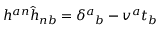
h ^ { a n } \hat { h } _ { n b } = \delta ^ { a } { } _ { b } - v ^ { a } t _ { b }